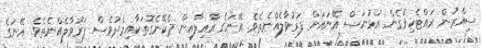
ސިއްރުން ރައްޓެހިވެގެން އުޅުނަސް އޭނައަށް ފަރުވާލެއްނެތެވެ. އޭނަގެ އާއިލާއިން ދެކޭނެގޮތަކާއިމެދުވެސް ފަރުވާލެއްނެތެވެ. އޭނަގެ